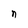
Character: n